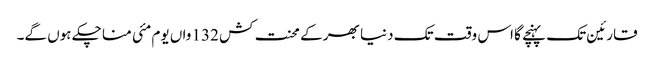
قارئین تک پہنچے گا اس وقت تک دنیا بھر کے محنت کش 132 واں یوم مئی منا چکے ہوں گے۔